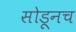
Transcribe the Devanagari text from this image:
सोडूनच